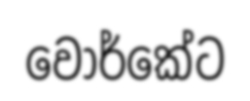
වොර්කේට